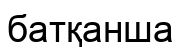
батқанша